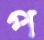
প